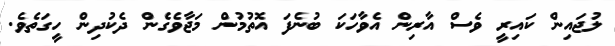
ލުޖައިން ކައިރީ ވެސް އާރިން އެވާހަކަ ބުނެފަ އޮތުމުން މަޖާވެގެން ދެކުދިން ހީގަތެވެ.